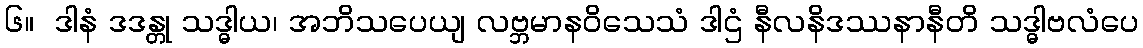
၆။  ဒါနံ ဒဒန္တု သဒ္ဓါယ၊ အဘိသပေယျ လဗ္ဘမာနဝိသေသံ ဒါဌံ နီလနိဒဿနာနီတိ သဒ္ဓါဗလံပေ